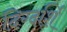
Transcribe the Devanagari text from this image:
दिग्दर्शि